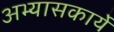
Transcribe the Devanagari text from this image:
अभ्यासकार्ये